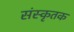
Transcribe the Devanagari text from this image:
संस्कृतक